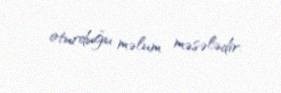
oturduğu məlum məsələdir.